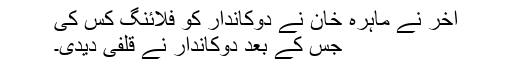
آخر نے ماہرہ خان نے دوکاندار کو فلائنگ کس کی
جس کے بعد دوکاندار نے قلفی دیدی۔